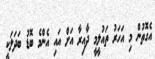
އެގޮތުން މި އަހަރު ތައުލީމީ ދާއިރާ އަށް އައި އެންމެ ބޮޑު ބަދަލަކީ